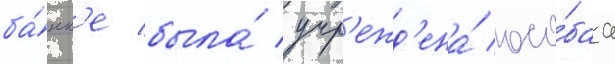
ба́нк'е была́ учр'ежд'ена́ осо́баа